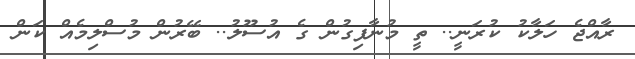
ރާއްޖެ ހަލާކު ކުރަނީ.. ތީ މުނާފިގުން ގެ އުސޫލު.. ބޭރުން މުސްލިމެއް ކަން